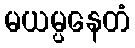
မယမ္ပနေတံ